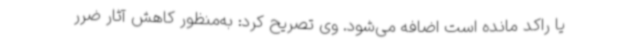
یا راکد مانده است اضافه می‌شود. وی تصریح کرد: به‌منظور کاهش آثار ضرر